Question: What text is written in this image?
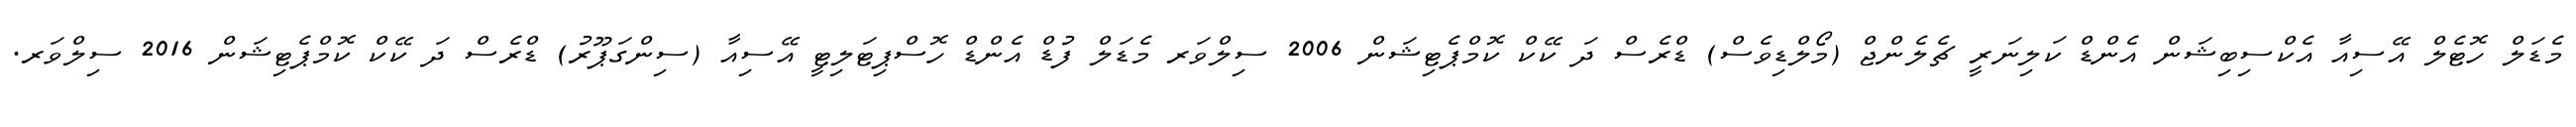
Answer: މެޑަލް ހޮޓެލް އޭސިއާ އެކްސިބިޝަން އެންޑް ކަލިނަރީ ޗެލެންޖް (މޯލްޑިވެސް) ޑްރެސް ދަ ކޭކް ކޮމްޕެޓިޝަން 2006 ސިލްވަރ މެޑަލް ފުޑް އެންޑް ހޮސްޕިޓަލިޓީ އޭސިއާ (ސިންގަޕޫރު) ޑްރެސް ދަ ކޭކް ކޮމްޕެޓިޝަން 2016 ސިލްވަރ.